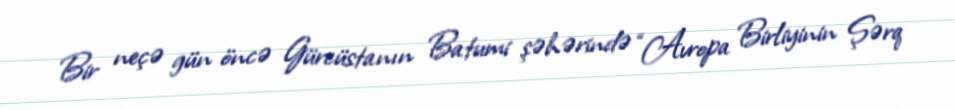
Bir neçə gün öncə Gürcüstanın Batumi şəhərində “Avropa Birliyinin Şərq